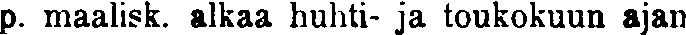
p. maalisk. alkaa huhti- ja toukokuun ajan